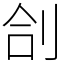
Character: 㓣